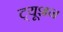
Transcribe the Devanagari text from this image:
ट्‍यूशन